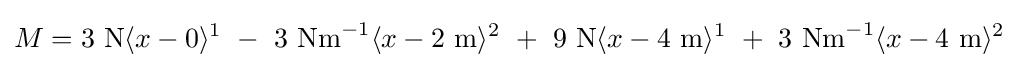
M=3{\text{ N}}\langle x-0\rangle ^{1}\ -\ 3{\text{ Nm}}^{-1}\langle x-2{\text{ m}}\rangle ^{2}\ +\ 9{\text{ N}}\langle x-4{\text{ m}}\rangle ^{1}\ +\ 3{\text{ Nm}}^{-1}\langle x-4{\text{ m}}\rangle ^{2}